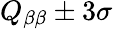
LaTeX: Q_{\beta\beta}\pm{3\sigma}